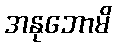
အနုဘောမိ